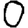
Digit: 0